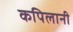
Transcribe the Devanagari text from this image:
कपिलानी